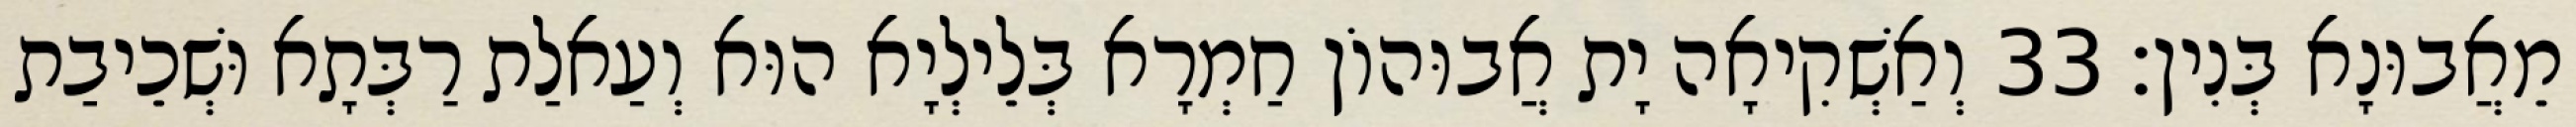
מֵאֲבוּנָא בְּנִין׃ 33 וְאַשְׁקִיאָה יָת אֲבוּהוֹן חַמְרָא בְּלֵילְיָא הוּא וְעַאלַת רַבְּתָא וּשְׁכֵיבַת